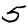
Digit: 5